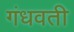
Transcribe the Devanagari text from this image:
गंधवती